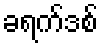
ခရက်ဒစ်